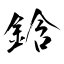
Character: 鋡